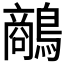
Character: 𪄲